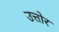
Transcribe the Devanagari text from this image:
उत्तोर